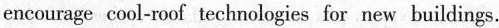
encourage cool-roof technologies for new buildings.